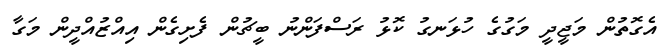
އެގޮތުން މަޖީދީ މަގުގެ ހުޅަނގު ކޮޅު ރަސްފަންނު ބީޗުން ފެށިގެން އިއްޒުއްދީން މަގާ